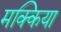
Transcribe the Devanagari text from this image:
मक्किया